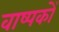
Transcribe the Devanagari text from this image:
वाष्पकों